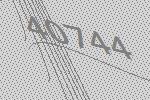
40744